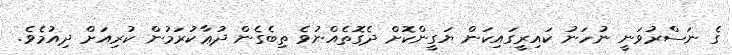
ގެ ނަސްރުވަނީ ނުހަނު ކައިރީގައިކަން ޔަގީންކޮށް ދެގޮތެއްނުވެ ތިބެގެން ދުޢާކުރަމުން ކުރިއަށް ދިއުމެވެ.